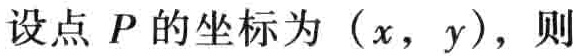
设点 \(P\) 的坐标为 \((x,y)\)，则